Leaving Certificate Examination, 1925
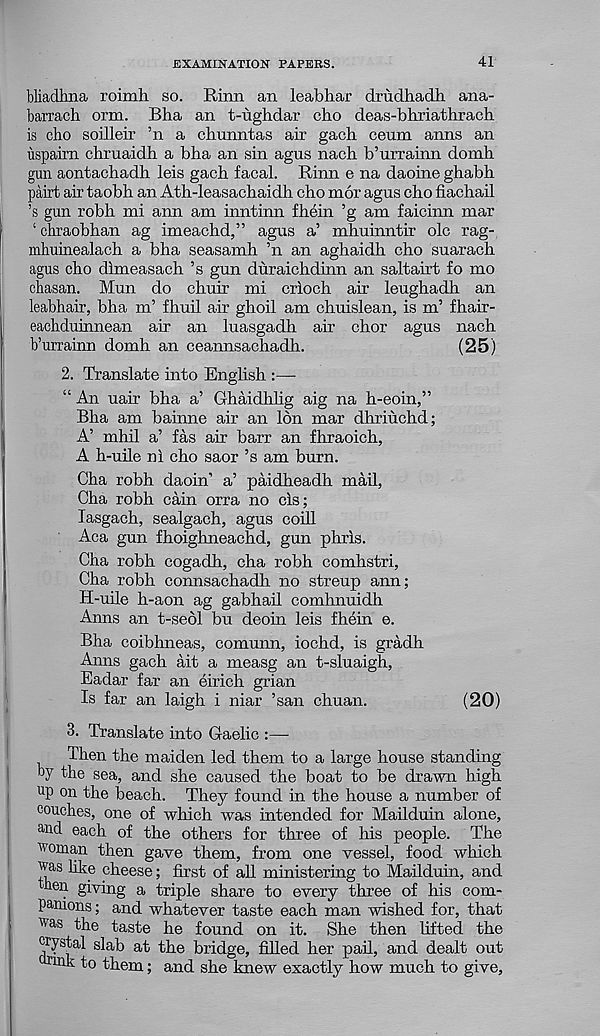
EXAMINATION PAPERS.
41
bliadlma roimh so. Rinn an leabhar drudhadh ana-
barrach orm. Bha an t-ughdar cho deas-bhriathrach
is cho soilleir ’n a chunntas air gach ceum anns an
itspairn chruaidh a bha an sin agus nach b’urrainn domh
gun aontachadh leis gach facal. Rinn e na daoine ghabh
pairt air taobh an Ath-leasachaidh cho mor agus cho fiachail
’s gun robh mi ann am inntinn fhein ’g am faicinn mar
‘ chraobhan ag imeachd,” agus a’ mhuinntir ole rag-
mhuinealach a bha seasamh ’n an aghaidh cho suarach
agus cho dlmeasach ’s gun duraichdinn an saltairt fo mo
chasan. Mun do chuir mi crloch air leughadh an
leabhair, bha m’ fhuil air ghoil am chuislean, is m’ fhair-
eachduinnean ah an luasgadh air chor agus nach
b’urrainn domh an ceannsachadh.
(25)
2. Translate into English :—
“ An uair bha a’ Ghaidhlig aig na h-eoin,”
Bha am bainne air an Ion mar dhriuchd;
A’ mhil a’ fas air barr an fhraoich,
A h-uile nl cho saor’s am burn.
Cha robh daoin’ a’ paidheadh mail,
Cha robh cain orra no els;
lasgach, sealgach, agus coill
Aca gun fhoighneachd, gun phris.
Cha robh cogadh, cha robh comhstri,
Cha robh connsachadh no streup ann;
H-uile h-aon ag gabhail comhnuidh
Anns an t-seol bu deoin leis fhein e.
Bha coibhneas, comunn, iochd, is gradh
Anns gach ait a measg an t-sluaigh,
Eadar far an eirich grian
Is far an laigh i niar ’san chuan.
(20)
3. Translate into Gaelic :—
Then the maiden led them to a large house standing
by the sea, and she caused the boat to be drawn high
u p on the beach. They found in the house a number of
couches, one of which was intended for Mailduin alone,
an d each of the others for three of his people. The
■ 'roman then gave them, from one vessel, food which
was like cheese; first of all ministering to Mailduin, and
then giving a triple share to every three of his com-
panions; and whatever taste each man wished for, that
was the taste he found on it. She then lifted the
crystal slab at the bridge, filled her pail, and dealt out
ink to them; and she knew exactly how much to give,